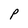
Character: P